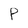
Character: P